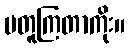
မတူကြတာကိုး။